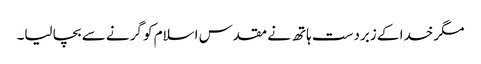
مگر خدا کے زبردست ہاتھ نے مقدس اسلام کو گرنے سے بچا لیا۔